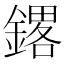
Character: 𲇝